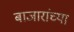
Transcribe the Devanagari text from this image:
बाजारांच्या